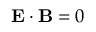
\mathbf { E } \cdot \mathbf { B } = 0